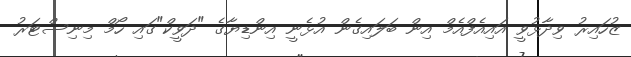
ޒުހައިރު ވިދާޅުވީ އައިއެފްއެމް އިން ބަލައިގެން އުޅެނީ އިންޑިޔާގެ "ދަވީކް"ގައި ހޯމް މިނިސްޓަރު